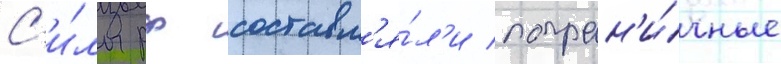
С'и́лы рф составл'я́л'и погран'и́чные